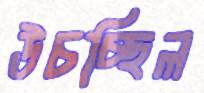
উচচ্ছিল